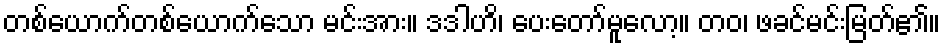
တစ်ယောက်တစ်ယောက်သော မင်းအား။ ဒဒါဟိ၊ ပေးတော်မူလော့။ တဝ၊ ဖခင်မင်းမြတ်၏။